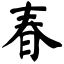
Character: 春